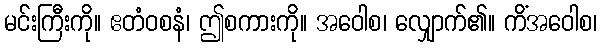
မင်းကြီးကို။ ဧတံဝစနံ၊ ဤစကားကို။ အဝေါစ၊ လျှောက်၏။ ကိံအဝေါစ၊